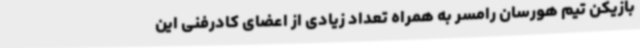
بازیکن تیم هورسان رامسر به همراه تعداد زیادی از اعضای کادرفنی این